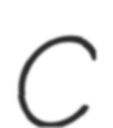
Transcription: C